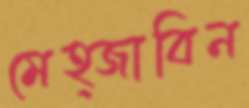
মেহ্জাবিন